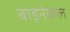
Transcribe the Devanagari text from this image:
बाइनेकल